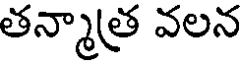
తన్మాత్ర వలన